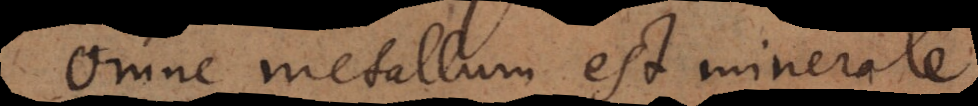
Omne metallum est minerale